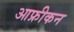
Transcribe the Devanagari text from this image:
आफ्रीकन